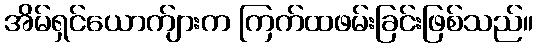
အိမ်ရှင်ယောက်ျားက ကြက်ထဖမ်းခြင်းဖြစ်သည်။